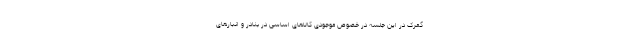
گمرک در این جلسه در خصوص موجودی کالاهای اساسی در بنادر و انبارهای